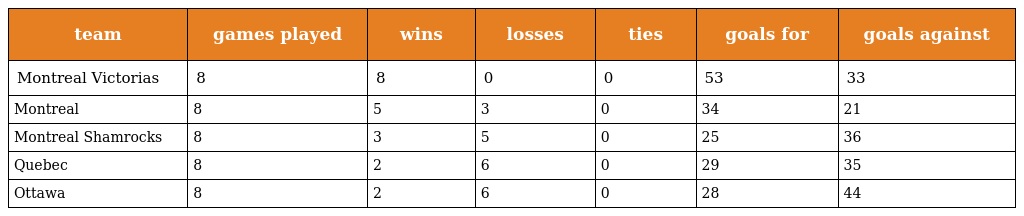
| team | games played | wins | losses | ties | goals for | goals against |
 | --- | --- | --- | --- | --- | --- | --- |
 | Montreal Victorias | 8 | 8 | 0 | 0 | 53 | 33 |
 | Montreal | 8 | 5 | 3 | 0 | 34 | 21 |
 | Montreal Shamrocks | 8 | 3 | 5 | 0 | 25 | 36 |
 | Quebec | 8 | 2 | 6 | 0 | 29 | 35 |
 | Ottawa | 8 | 2 | 6 | 0 | 28 | 44 |